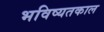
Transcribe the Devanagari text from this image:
भविष्यतकाल